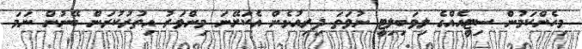
މިހެންކަމުން ސިޓީއެއްގެ ލިވަބިލިޓީ ނުވަތަ ދިރިއުޅެން އެކަށޭނަ މިންވަރު އިތުރުކުރަން ބޭނުން ނަމަ